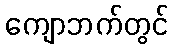
ကျောဘက်တွင်